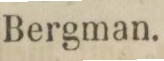
Bergman.